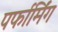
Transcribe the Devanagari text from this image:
पर्फार्मिंग